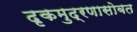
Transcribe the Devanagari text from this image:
दृकमुद्रणासोबत